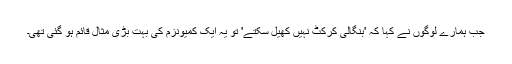
جب ہمارے لوگوں نے کہا کہ 'بنگالی کرکٹ نہیں کھیل سکتے' تو یہ ایک کمیونزم کی بہت بڑی مثال قائم ہو گئی تھی۔